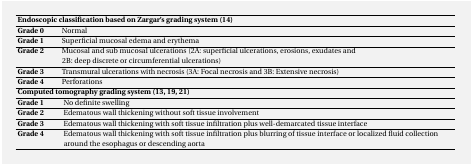
| <COLSPAN=2> Endoscopic classification based on Zargar’s grading system (14) |
 | --- | --- |
 | Grade 0 | Normal |
 | Grade 1 | Superficial mucosal edema and erythema |
 | Grade 2 | Mucosal and sub mucosal ulcerations (2A: superficial ulcerations, erosions, exudates and 2B: deep discrete or circumferential ulcerations) |
 | Grade 3 | Transmural ulcerations with necrosis (3A: Focal necrosis and 3B: Extensive necrosis) |
 | Grade 4 | Perforations |
 | <COLSPAN=2> Computed tomography grading system (13, 19, 21) |
 | Grade 1 | No definite swelling |
 | Grade 2 | Edematous wall thickening without soft tissue involvement |
 | Grade 3 | Edematous wall thickening with soft tissue infiltration plus well-demarcated tissue interface |
 | Grade 4 | Edematous wall thickening with soft tissue infiltration plus blurring of tissue interface or localized fluid collection around the esophagus or descending aorta |